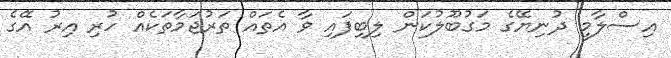
އިސްލާމީ ދުނިޔޭގެ މަގުބޫލުކަން ލިބިފައި ވާ އެތައް ތަރުޖަމާތަކެއް ހުރި އިރު އޭގެ